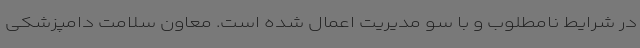
در شرایط نامطلوب و با سو مدیریت اعمال شده است. معاون سلامت دامپزشکی